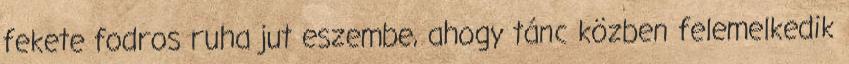
fekete fodros ruha jut eszembe, ahogy tánc közben felemelkedik